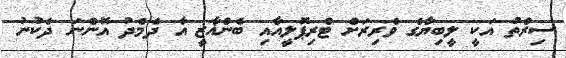
ސިރްތު އަކީ ލީބިޔާގެ ވެރިރަށް ޓްރިޕޮލީއާއި ބެންޣާޒީ އާ ދެމެދު އޮންނަ ދެކުނު